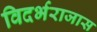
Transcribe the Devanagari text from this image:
विदर्भराजास